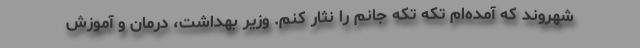
شهروند که آمده‌ام تکه تکه جانم را نثار کنم. وزیر بهداشت، درمان و آموزش